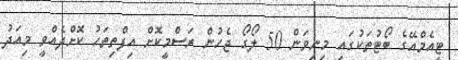
ޓީއެމްއޭގެ ބޯޓުތަކުގައި މިނިވަން 50 ލޯގޯ ޖެހުން ރަސްމީކޮށް އިފްތިތަހު ކޮށްދެއްވީ މިއަދު